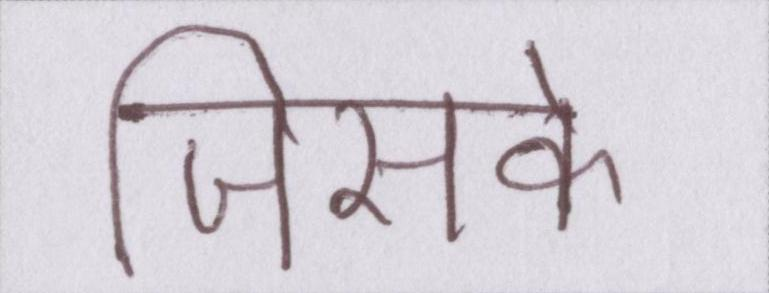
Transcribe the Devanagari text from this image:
जिसके